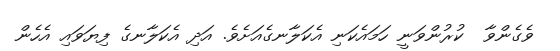
ވެގެންވާ  ކުރުންވަނީ ހަމައެކަނި އެކަލާނގެއަށެވެ. އަދި އެކަލާނގެ ފިޔަވައި އެހެން